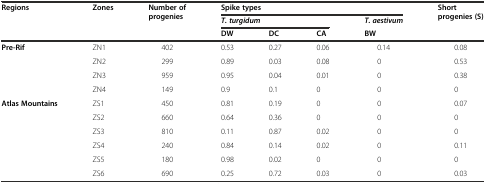
<table><thead><tr><td rowspan="3"><b>Regions</b></td><td rowspan="3"><b>Zones</b></td><td rowspan="3"><b>Number of progenies</b></td><td colspan="4"><b>Spike types</b></td><td rowspan="3"><b>Short progenies (S)</b></td></tr><tr><td colspan="3"><b><i>T. turgidum</i></b></td><td><b><i>T. aestivum</i></b></td></tr><tr><td><b>DW</b></td><td><b>DC</b></td><td><b>CA</b></td><td><b>BW</b></td></tr></thead><tbody><tr><td rowspan="4"><b>Pre-Rif</b></td><td>ZN1</td><td>402</td><td>0.53</td><td>0.27</td><td>0.06</td><td>0.14</td><td>0.08</td></tr><tr><td>ZN2</td><td>299</td><td>0.89</td><td>0.03</td><td>0.08</td><td>0</td><td>0.53</td></tr><tr><td>ZN3</td><td>959</td><td>0.95</td><td>0.04</td><td>0.01</td><td>0</td><td>0.38</td></tr><tr><td>ZN4</td><td>149</td><td>0.9</td><td>0.1</td><td>0</td><td>0</td><td>0</td></tr><tr><td rowspan="6"><b>Atlas Mountains</b></td><td>ZS1</td><td>450</td><td>0.81</td><td>0.19</td><td>0</td><td>0</td><td>0.07</td></tr><tr><td>ZS2</td><td>660</td><td>0.64</td><td>0.36</td><td>0</td><td>0</td><td>0</td></tr><tr><td>ZS3</td><td>810</td><td>0.11</td><td>0.87</td><td>0.02</td><td>0</td><td>0</td></tr><tr><td>ZS4</td><td>240</td><td>0.84</td><td>0.14</td><td>0.02</td><td>0</td><td>0.11</td></tr><tr><td>ZS5</td><td>180</td><td>0.98</td><td>0.02</td><td>0</td><td>0</td><td>0</td></tr><tr><td>ZS6</td><td>690</td><td>0.25</td><td>0.72</td><td>0.03</td><td>0</td><td>0.03</td></tr></tbody></table>